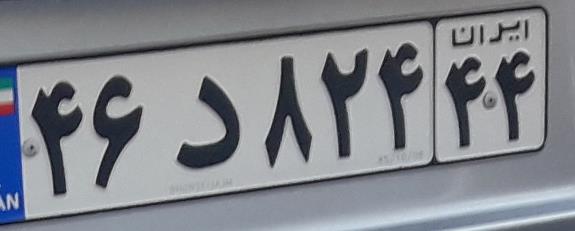
۴۶د۸۲۴۴۴